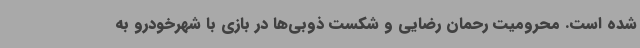
شده است. محرومیت رحمان رضایی و شکست ذوبی‌ها در بازی با شهرخودرو به